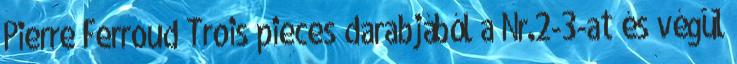
Pierre Ferroud Trois pieces darabjából a Nr.2-3-at és végül